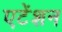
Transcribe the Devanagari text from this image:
एटेंशन